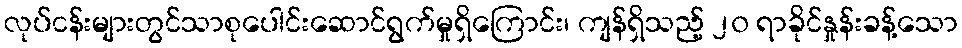
လုပ်ငန်းများတွင်သာစုပေါင်းဆောင်ရွက်မှုရှိကြောင်း၊ ကျန်ရှိသည့် ၂၀ ရာခိုင်နှုန်းခန့်သော